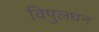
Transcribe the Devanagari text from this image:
विपुलधन